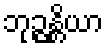
ဘုဉ္ဇန္တိယာ